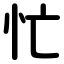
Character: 忙